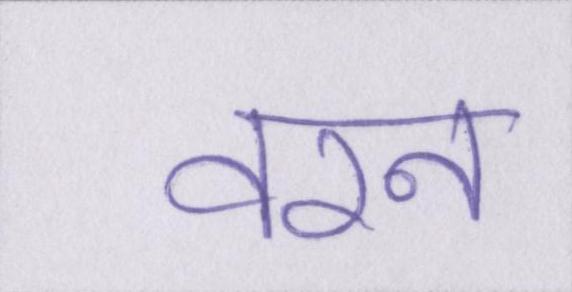
वरन